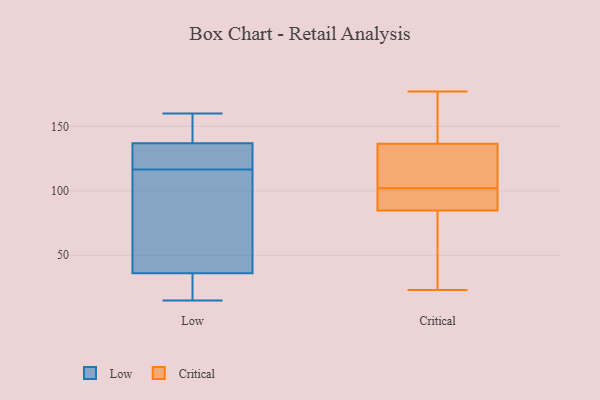
{"axis": {"x": "Bounce Rate (%)", "y": "Value"}, "legend": ["Critical", "Low"], "data": [{"x": "", "y": 89, "type": "Low"}, {"x": "", "y": 36, "type": "Low"}, {"x": "", "y": 137, "type": "Low"}, {"x": "", "y": 33, "type": "Low"}, {"x": "", "y": 136, "type": "Low"}, {"x": "", "y": 108, "type": "Low"}, {"x": "", "y": 136, "type": "Low"}, {"x": "", "y": 160, "type": "Low"}, {"x": "", "y": 152, "type": "Low"}, {"x": "", "y": 55, "type": "Low"}, {"x": "", "y": 140, "type": "Low"}, {"x": "", "y": 18, "type": "Low"}, {"x": "", "y": 125, "type": "Low"}, {"x": "", "y": 15, "type": "Low"}, {"x": "", "y": 135, "type": "Critical"}, {"x": "", "y": 114, "type": "Critical"}, {"x": "", "y": 151, "type": "Critical"}, {"x": "", "y": 39, "type": "Critical"}, {"x": "", "y": 23, "type": "Critical"}, {"x": "", "y": 93, "type": "Critical"}, {"x": "", "y": 99, "type": "Critical"}, {"x": "", "y": 98, "type": "Critical"}, {"x": "", "y": 177, "type": "Critical"}, {"x": "", "y": 112, "type": "Critical"}, {"x": "", "y": 112, "type": "Critical"}, {"x": "", "y": 139, "type": "Critical"}, {"x": "", "y": 82, "type": "Critical"}, {"x": "", "y": 100, "type": "Critical"}, {"x": "", "y": 160, "type": "Critical"}, {"x": "", "y": 137, "type": "Critical"}, {"x": "", "y": 47, "type": "Critical"}, {"x": "", "y": 102, "type": "Critical"}, {"x": "", "y": 54, "type": "Critical"}]}